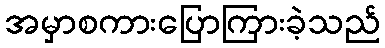
အမှာစကားပြောကြားခဲ့သည်